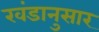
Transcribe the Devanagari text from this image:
खंडानुसार